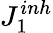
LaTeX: {J_{1}^{inh}}